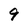
Character: 9